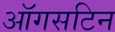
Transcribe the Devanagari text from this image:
ऑगसटिन